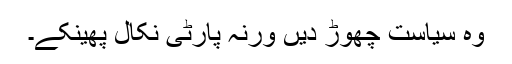
وہ سیاست چھوڑ دیں ورنہ پارٹی نکال پھینکے۔